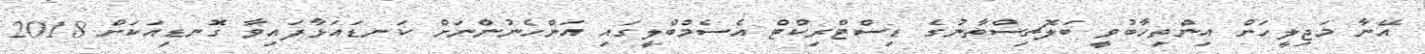
އޭނާ މަޖިލީހަށް އިންތިހާބުވީ ބަލޮޗިސްތާނުގެ ޑިސްޓްރިކްޓް އެސެމްބްލީގައި އަންހެނުންނަށް ކަނޑައަޅާފައިވާ ގޮނޑިއަކަށް 2018